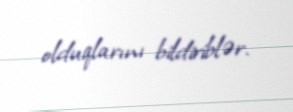
olduqlarını bildiriblər.